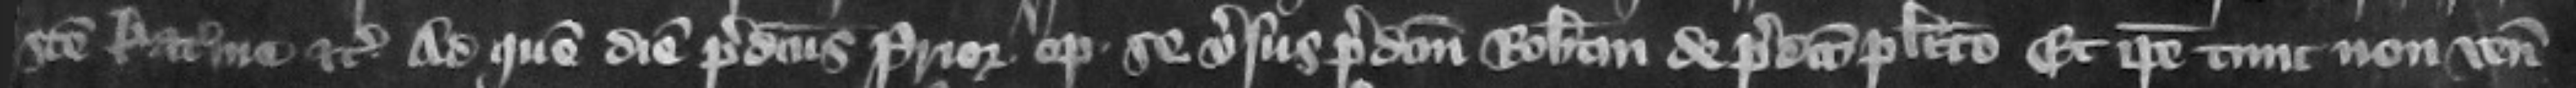
Sancte Katerine etc. Ad quem diem predictus prior optulit se versus predictum Robertum de predicto placito. Et ipse tunc non venit.